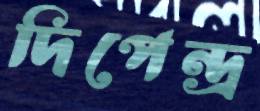
দিপেন্দ্র